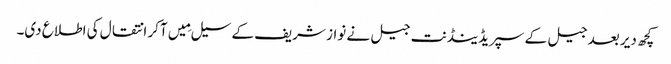
کچھ دیر بعد جیل کے سپریڈینڈنت جیل نے نواز شریف کے سیل مِیں آکر انتقال کی اطلاع دی۔